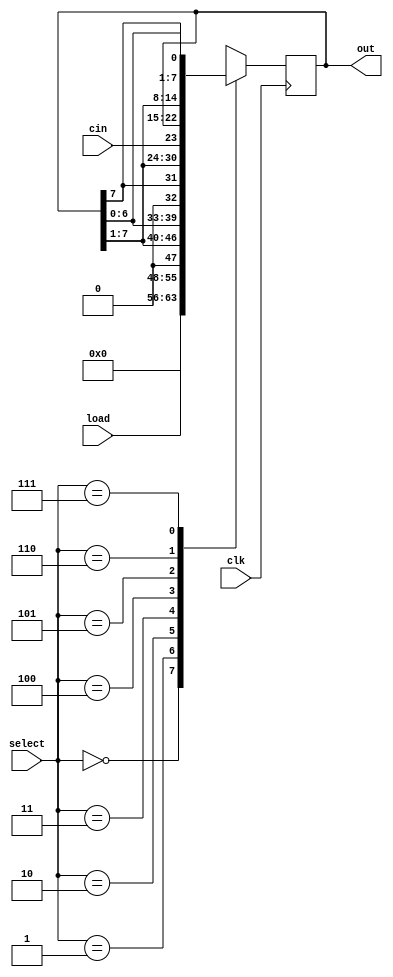
module shift_register(clk,cin,select,load,out);
	input clk,cin;
	input [2:0] select;
	input [7:0] load;
	output reg [7:0] out;


	always @(posedge clk)
	begin
		case(select)
		3'b000:out<=8'b00000000;
		3'b001:out<=load;
		3'b010:out<={1'b0,out[7:1]};
		3'b011:out<={out[6:0],1'b0};
		3'b100:out<={out[7],out[7:1]};
		3'b101:out<={cin,out[7:1]};
		3'b110:out<={out[0],out[7:1]};
		3'b111:out<={out[6:0],out[7]};
		default:out<=8'b11111111;
		endcase
	end

endmodule